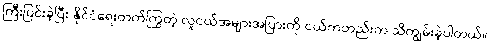
ကြီးပြင်းခဲ့ပြီး နိုင်ငံရေးတက်ကြွတဲ့ လူငယ်အများအပြားကို ငယ်ကတည်းက သိကျွမ်းခဲ့ပါတယ်။